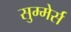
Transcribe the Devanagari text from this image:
सुम्मेर्स